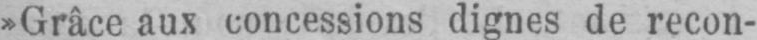
»Grâce aux concessions dignes de recon-